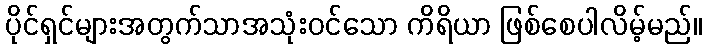
ပိုင်ရှင်များအတွက်သာအသုံးဝင်သော ကိရိယာ ဖြစ်စေပါလိမ့်မည်။